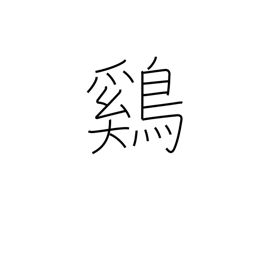
Meaning: chicken